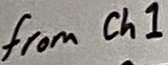
Text: from Ch1